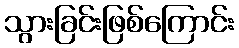
သွားခြင်းဖြစ်ကြောင်း